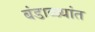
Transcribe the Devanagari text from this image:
बंडाळ्यांत